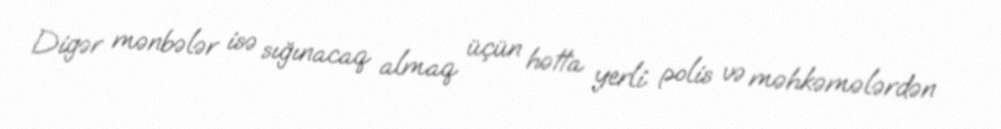
Digər mənbələr isə sığınacaq almaq üçün hətta yerli polis və məhkəmələrdən